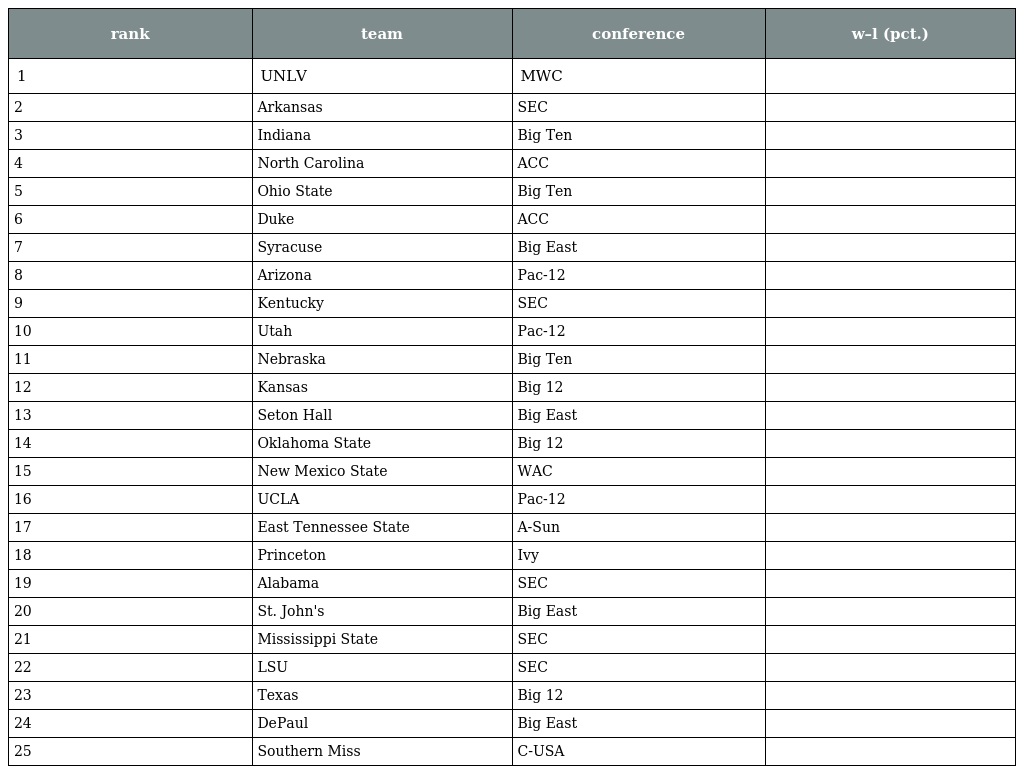
| rank | team | conference | w–l (pct.) |
 | --- | --- | --- | --- |
 | 1 | UNLV | MWC |  |
 | 2 | Arkansas | SEC |  |
 | 3 | Indiana | Big Ten |  |
 | 4 | North Carolina | ACC |  |
 | 5 | Ohio State | Big Ten |  |
 | 6 | Duke | ACC |  |
 | 7 | Syracuse | Big East |  |
 | 8 | Arizona | Pac-12 |  |
 | 9 | Kentucky | SEC |  |
 | 10 | Utah | Pac-12 |  |
 | 11 | Nebraska | Big Ten |  |
 | 12 | Kansas | Big 12 |  |
 | 13 | Seton Hall | Big East |  |
 | 14 | Oklahoma State | Big 12 |  |
 | 15 | New Mexico State | WAC |  |
 | 16 | UCLA | Pac-12 |  |
 | 17 | East Tennessee State | A-Sun |  |
 | 18 | Princeton | Ivy |  |
 | 19 | Alabama | SEC |  |
 | 20 | St. John's | Big East |  |
 | 21 | Mississippi State | SEC |  |
 | 22 | LSU | SEC |  |
 | 23 | Texas | Big 12 |  |
 | 24 | DePaul | Big East |  |
 | 25 | Southern Miss | C-USA |  |